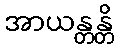
အာယန္တန္တိ